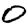
Digit: 0